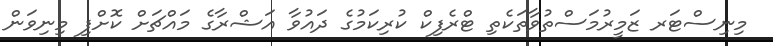
މިނިސްޓަރ ޒަމީރުމަސްތުވާތަކެތި ޓްރެފިކް ކުރިކަމުގެ ދައުވާ އަޝްރާގެ މައްޗަށް ކޮށްފި މިނިވަން